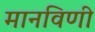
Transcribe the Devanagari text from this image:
मानविणी